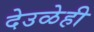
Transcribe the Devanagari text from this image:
देउळेही